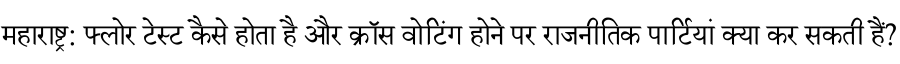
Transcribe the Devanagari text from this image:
महाराष्ट्र: फ्लोर टेस्ट कैसे होता है और क्रॉस वोटिंग होने पर राजनीतिक पार्टियां क्या कर सकती हैं?